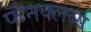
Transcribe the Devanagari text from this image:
फॅनक्लब्स